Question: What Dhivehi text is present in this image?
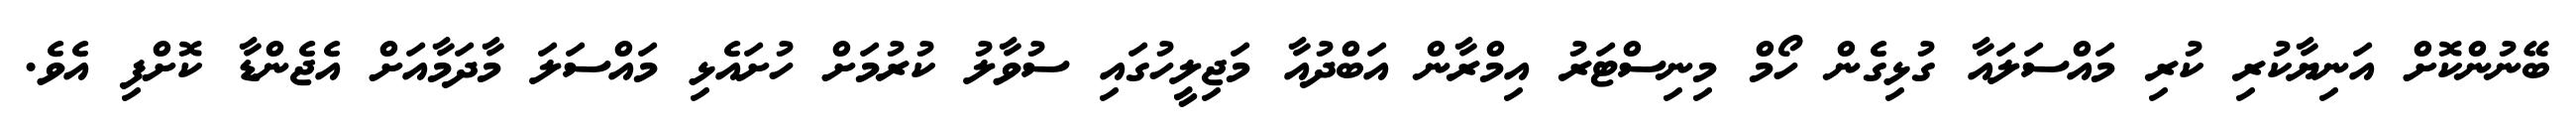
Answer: ބޭނުންކޮށް އަނިޔާކުރި ކުރި މައްސަލައާ ގުޅިގެން ހޯމް މިނިސްޓަރު އިމްރާން އަބްދުއާ މަޖިލީހުގައި ސުވާލު ކުރުމަށް ހުށައެޅި މައްސަލަ މާދަމާއަށް އެޖެންޑާ ކޮށްފި އެވެ.